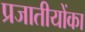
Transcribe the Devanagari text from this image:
प्रजातीयोंका